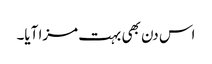
اس دن بھی بہت مزا آیا۔